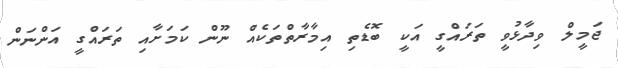
ޖަމީލް ވިދާޅުވީ ތަރައްގީ އަކީ ބޮޑެތި އިމާރާތްތަކެއް ނޫން ކަމަށާއި ތަރައްގީ އަންނަން